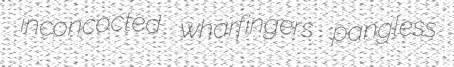
inconcocted wharfingers pangless